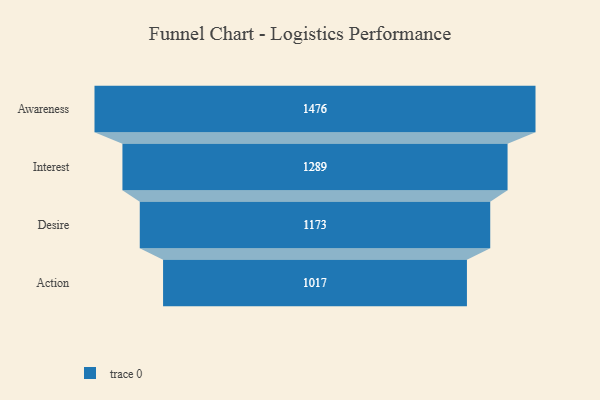
{"axis": {"x": "Stage", "y": "Value"}, "legend": [""], "data": [{"x": "Awareness", "y": 1476.0, "type": ""}, {"x": "Interest", "y": 1289.0, "type": ""}, {"x": "Desire", "y": 1173.0, "type": ""}, {"x": "Action", "y": 1017.0, "type": ""}]}